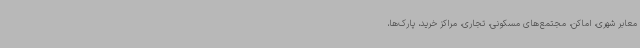
معابر شهری، اماکن،‌ مجتمع‌های مسکونی، تجاری، مراکز خرید، پارک‌ها،